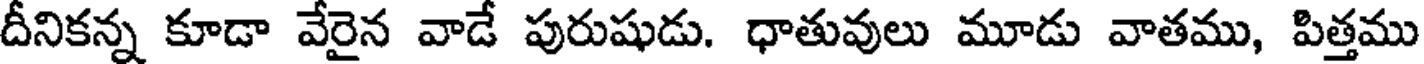
దీనికన్న కూడా వేరైన వాడే పురుషుడు. ధాతువులు మూడు వాతము, పిత్తము